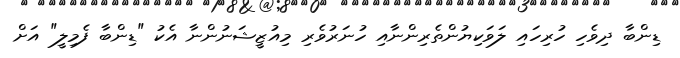
ޑިންބާ ދިވެހި ހުރިހައި ލަވަކިޔުންތެރިންނާއި ހުނަރުވެރި މިއުޒީޝަނުންނާ އެކު "ޑިންބާ ފެމިލީ" އަށް